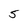
Character: 5